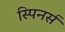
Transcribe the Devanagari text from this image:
स्पिनर्स